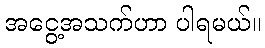
အငွေ့အသက်ဟာ ပါရမယ်။